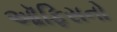
ઑફિસનો